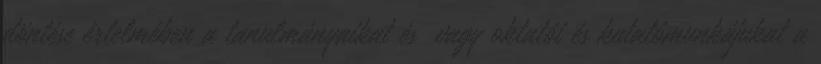
döntése értelmében a tanulmányaikat és vagy oktatói és kutatómunkájukat a